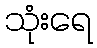
သုံးရေ